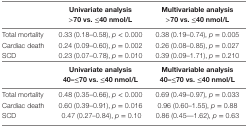
|  | Univariate analysis | Multivariable analysis |
 |  | >70 vs. ≤40 nmol/L | >70 vs. ≤40 nmol/L |
 | --- | --- | --- |
 | Total mortality | 0.33 (0.18–0.58), p < 0.000 | 0.38 (0.19–0.74), p = 0.005 |
 | Cardiac death | 0.24 (0.09–0.60), p = 0.002 | 0.26 (0.08–0.85), p = 0.027 |
 | SCD | 0.23 (0.07–0.78), p = 0.010 | 0.39 (0.09–1.71), p = 0.210 |
 |  | Univariate analysis | Multivariable analysis |
 |  | 40–≤70 vs. ≤40 nmol/L | 40–≤70 vs. ≤40 nmol/L |
 | Total mortality | 0.48 (0.35–0.66), p < 0.000 | 0.69 (0.49–0.97), p = 0.033 |
 | Cardiac death | 0.60 (0.39–0.91), p = 0.016 | 0.96 (0.60–1.55), p = 0.88 |
 | SCD | 0.47 (0.27–0.84), p = 0.10 | 0.86 (0.45––1.62), p = 0.63 |